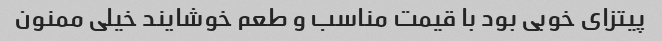
پیتزای خوبی بود با قیمت مناسب و طعم خوشایند خیلی ممنون